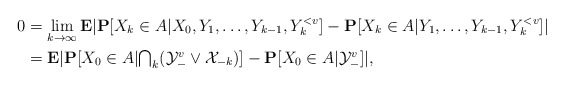
\begin{align*}0&=\lim_{k\to\infty}\mathbf{E}|\mathbf{P}[X_k\in A|X_0,Y_1,\ldots,Y_{k-1},Y_k^{<v}]-\mathbf{P}[X_k\in A|Y_1,\ldots,Y_{k-1},Y_k^{<v}]| \\ &= \mathbf{E}|\mathbf{P}[X_0\in A|\textstyle{\bigcap_k}(\mathcal{Y}_-^v\vee\mathcal{X}_{-k})]-\mathbf{P}[X_0\in A|\mathcal{Y}_-^v]|,\end{align*}